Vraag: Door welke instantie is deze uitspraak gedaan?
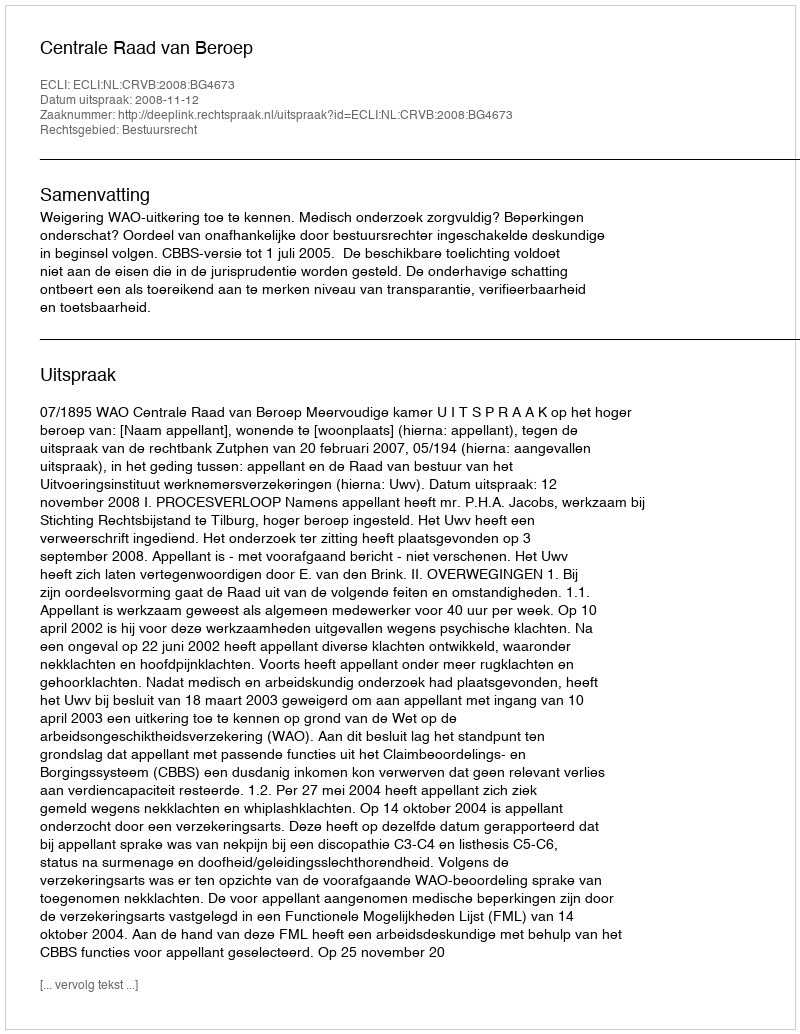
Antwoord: Centrale Raad van Beroep